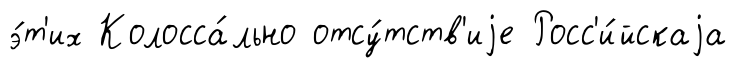
э́т'их Колосса́льно отсу́тств'иjе Росс'и́йскаjа